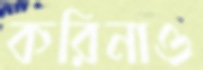
করিনাও